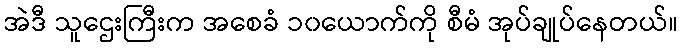
အဲဒီ သူဌေးကြီးက အစေခံ ၁၀ယောက်ကို စီမံ အုပ်ချုပ်နေတယ်။